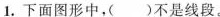
1.下面图形中，( )不是线段。